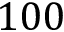
1 0 0